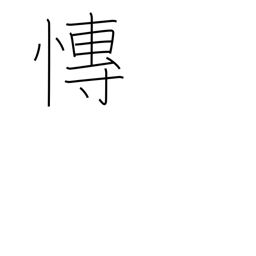
Meaning: grieving